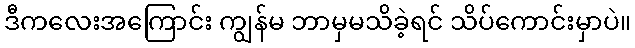
ဒီကလေးအကြောင်း ကျွန်မ ဘာမှမသိခဲ့ရင် သိပ်ကောင်းမှာပဲ။